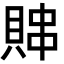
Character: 賗